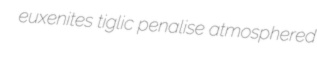
euxenites tiglic penalise atmosphered